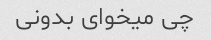
چی میخوای بدونی